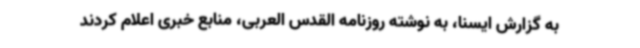
به گزارش ایسنا، به نوشته روزنامه القدس العربی، منابع خبری اعلام کردند